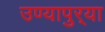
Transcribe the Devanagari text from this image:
उण्यापुर्‍या